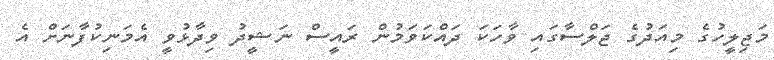
މަޖިލީހުގެ މިއަދުގެ ޖަލްސާގައި ވާހަކަ ދައްކަވަމުން ރައީސް ނަޝީދު ވިދާޅުވީ އެމަނިކުފާނަށް އެ